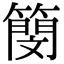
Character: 簢